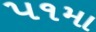
૫૧મા